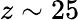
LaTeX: z\sim 25